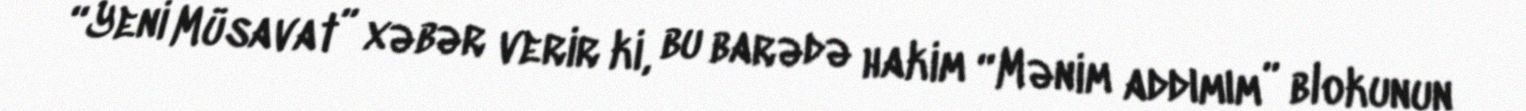
“Yeni Müsavat” xəbər verir ki, bu barədə hakim “Mənim addımım” blokunun